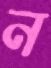
ন